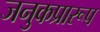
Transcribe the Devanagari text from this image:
जनुकप्रारूप